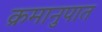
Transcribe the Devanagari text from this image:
क्रमानुपात